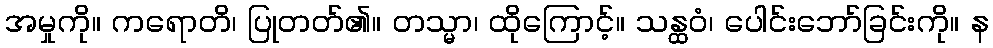
အမှုကို။ ကရောတိ၊ ပြုတတ်၏။ တသ္မာ၊ ထိုကြောင့်။ သန္ထဝံ၊ ပေါင်းဘော်ခြင်းကို။ န